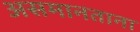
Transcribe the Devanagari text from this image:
असमानताना